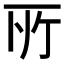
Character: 𫠦